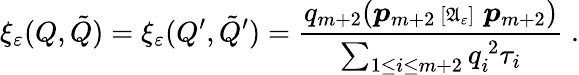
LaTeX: \displaystyle\xi_{\mathbf{\varepsilon}}(Q,\tilde{Q})=\xi_{\mathbf{\varepsilon}}(Q^{\prime},\tilde{Q}^{\prime})=\frac{q_{m+2}(\boldsymbol{p}_{m+2}{\, \scriptstyle{[\mathfrak{A}_{\mathbf{\varepsilon}}]\, }\, }\boldsymbol{p}_{m+2})}{\sum_{{1\le i\le m{+}2}}q_{i}^{\, 2}\tau_{i}}\; .